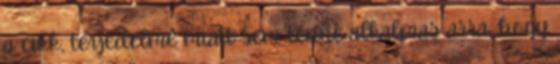
a cikk, terjedelme miatt sem lenne alkalmas arra, hogy